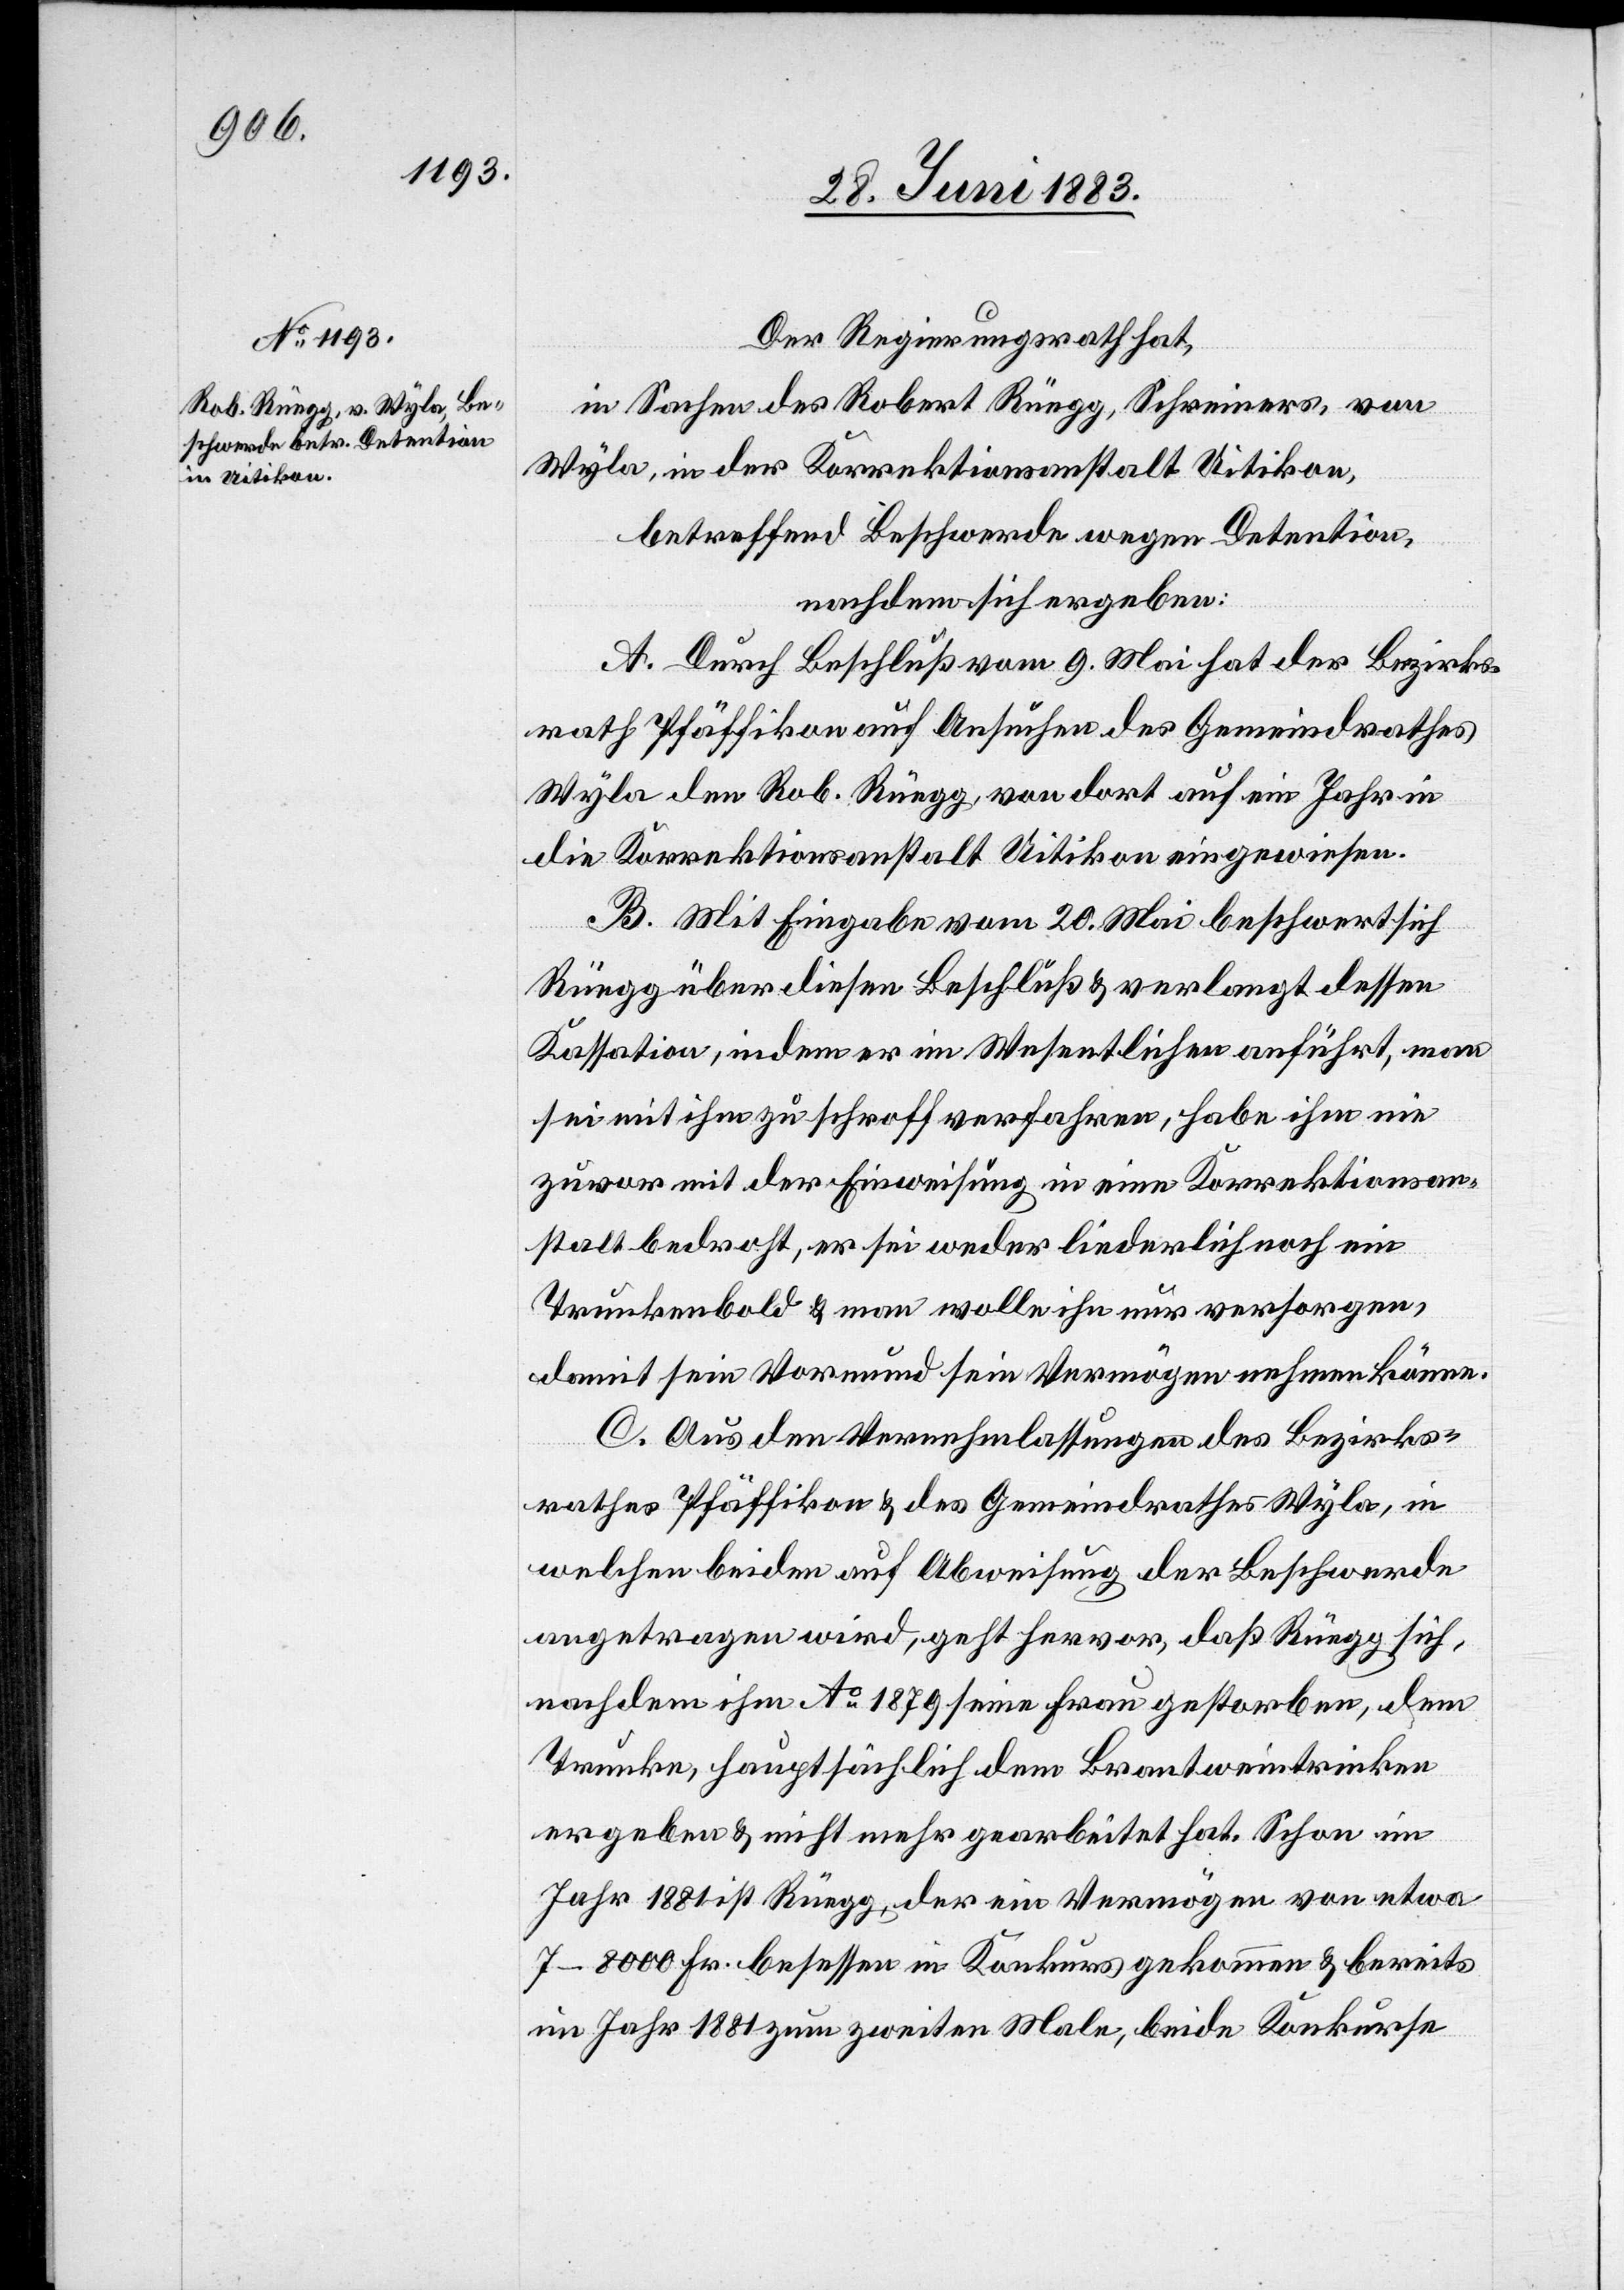
Der Regierungsrath hat,
in Sachen des Robert Rüegg, Schreiner, von
Wyla, in der Korrektionsanstalt Uitikon,
betreffend Beschwerde wegen Detention,
nachdem sich ergeben:
A. Durch Beschluß vom 9. Mai hat der Bezirks¬
rath Pfäffikon auf Ansuchen des Gemeindrathes
Wyla den Rob. Rüegg, von dort auf ein Jahr in
die Korrektionsanstalt Uitikon eingewiesen.
B. Mit Eingabe vom 20. Mai beschwert sich
Rüegg über diesen Beschluß & verlangt dessen
Kassation, indem er im Wesentlichen anführt, man
sei mit ihm zu schroff verfahren, habe ihm nie
zuvor mit der Einweisung in eine Korrektionsan¬
stalt bedroht, er sei weder liederlich noch ein
Trunkenbold & man wolle ihn nur versorgen,
damit sein Vormund sein Vermögen nehmen könne.
C. Aus den Vernehmlassungen des Bezirks¬
rathes Pfäffikon & des Gemeindrathes Wyla, in
welchen beiden auf Abweisung der Beschwerde
angetragen wird, geht hervor, daß Rüegg sich,
nachdem ihm Ao 1879 seine Frau gestorben, dem
Trunke, hauptsächlich dem Brantweintrinken
ergeben & nicht mehr gearbeitet hat. Schon im
Jahr 1881 ist Rüegg, der ein Vermögen von etwa
7–8000 Fr. besessen in Konkurs gekommen & bereits
im Jahr 1881 zum zweiten Male, beide Konkurse